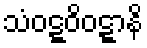
သံဝဋ္ဋဝိဝဋ္ဋာနိ